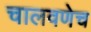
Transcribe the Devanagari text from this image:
चालवणेच